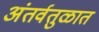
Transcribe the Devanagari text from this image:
अंतर्वतुळात